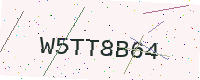
Text: W5TT8B64